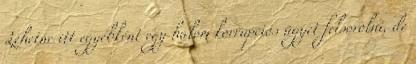
Lehetne itt egyébként egy halom korrupciós ügyet felsorolni, de